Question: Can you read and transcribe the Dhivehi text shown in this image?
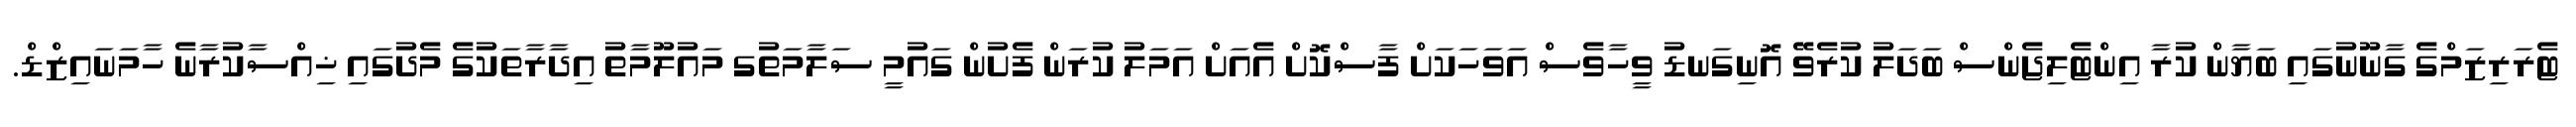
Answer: ޓެރަރިޒަމްގެ ގާނޫނުގައި ބަޔާން ކުރާ އިންޓެލިޖެންސް ބަދަލު ކުރެވޭ އޮނިގަނޑު ވީހާވެސް އަވަހަކަށް ފާސްކޮށް އެއަށް އަމަލު ކުރަން ފެށުން ގައުމީ ސަލާމަތުގ މައުލޫމާތު އިދާރާތަކުގެ މެދުގައި ޚިއްސާކުރާނެ ހާމަނައިޒްޑް.